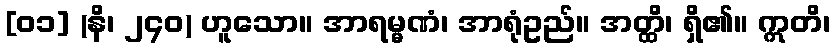
[၀၁] (နိ၊ ၂၄၀) ဟူသော။ အာရမ္မဏံ၊ အာရုံဥည်။ အတ္ထိ၊ ရှိ၏။ ဣတိ၊